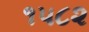
૧૫૮૨